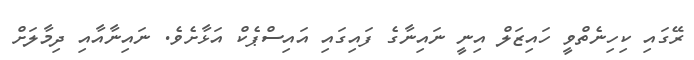
ރޭގައި ކިހިނެތްވީ ހައިޒަލް އިނީ ނައިނާގެ ފައިގައި އައިސްޕެކް އަޅާށެވެ. ނައިނާއާއި ދިމާލަށް